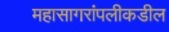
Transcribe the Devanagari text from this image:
महासागरांपलीकडील